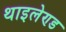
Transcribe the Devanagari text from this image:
थाइलेण्ड